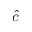
\hat { c }